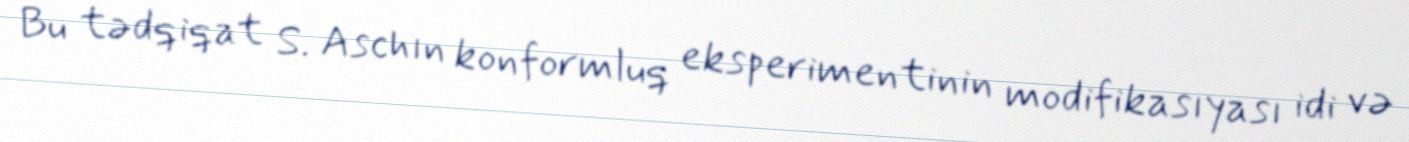
Bu tədqiqat S. Aschın konformluq eksperimentinin modifikasıyası idi və